65_HS1-834228961_62-HQ-83894_Section_9
Agency: FBI
Page 163
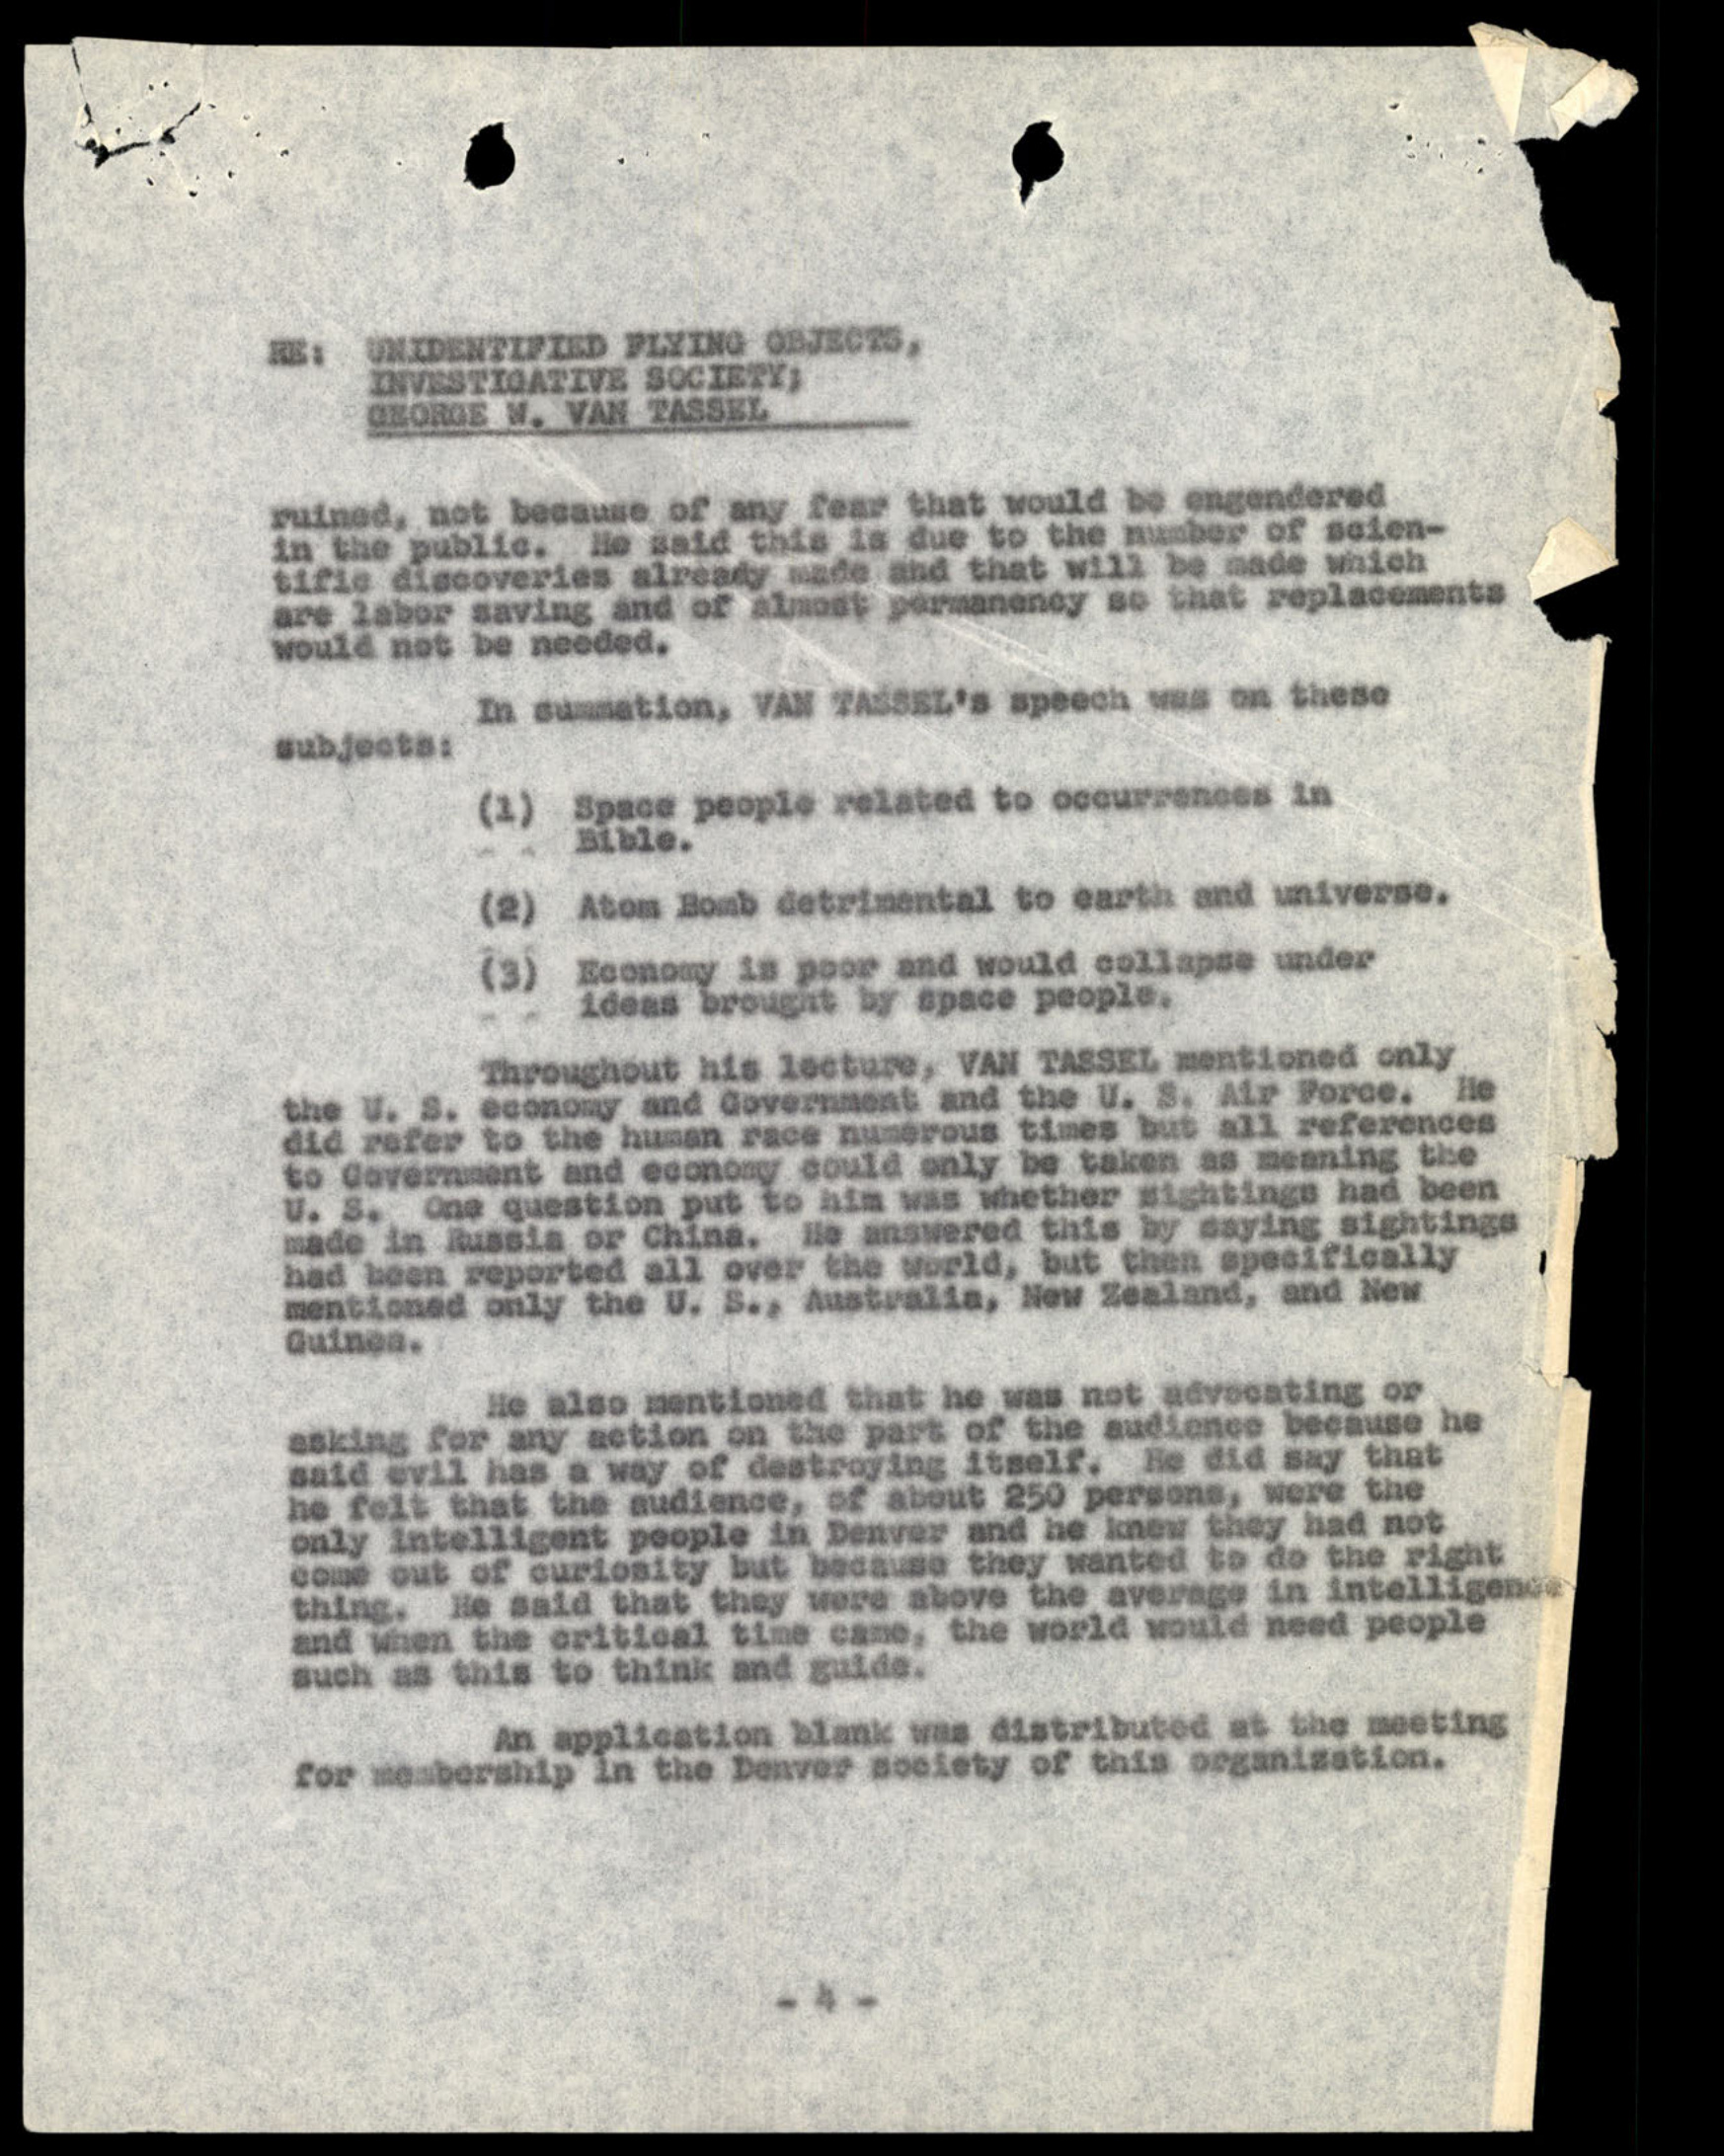